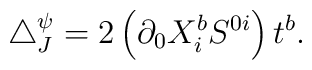
\triangle_J^\psi=2\left(\partial_0 X_i^b S^{0i} \right)t^b.